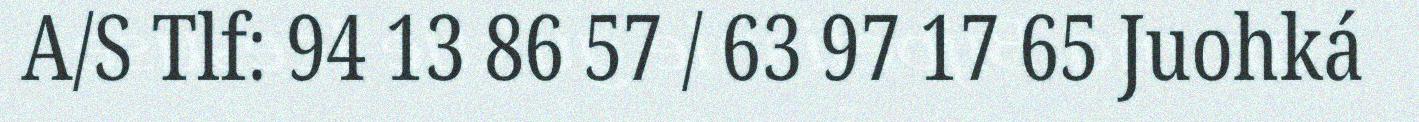
A/S Tlf: 94 13 86 57 / 63 97 17 65 Juohká